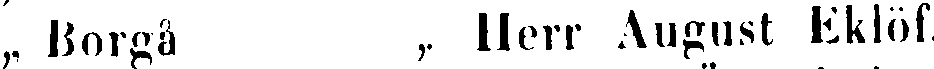
„ Borgå „ Herr August Eklöf